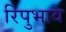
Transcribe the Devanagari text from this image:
रिपुभाव